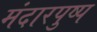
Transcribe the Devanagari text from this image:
मंदारपुष्प